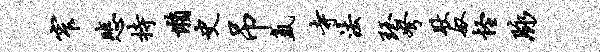
窄悲持懒史吊氲寺法珏弩耿奴怪脉